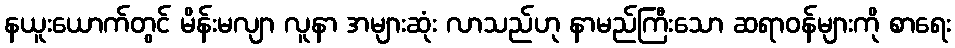
နယူးယောက်တွင် မိန်းမလျာ လူနာ အများဆုံး လာသည်ဟု နာမည်ကြီးသော ဆရာဝန်များကို စာရေး